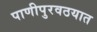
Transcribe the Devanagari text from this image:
पाणीपुरवठयात